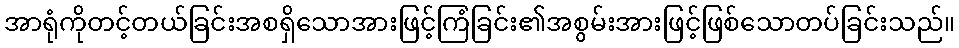
အာရုံကိုတင့်တယ်ခြင်းအစရှိသောအားဖြင့်ကြံခြင်း၏အစွမ်းအားဖြင့်ဖြစ်သောတပ်ခြင်းသည်။